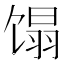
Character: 𬳉